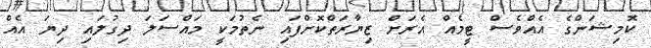
ކޮމިޝަންގެ އެއްވެސް ޓީމެއް އެރަށް ޒިޔާރަތްކޮށްފައި ނެތުމަކީ މައްސަލަ ދިގުލައި ދިޔަ އެއް